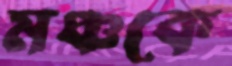
মঞ্চকে